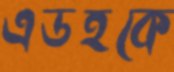
এডহকে